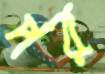
পর